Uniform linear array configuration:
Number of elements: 24
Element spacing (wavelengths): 0.25
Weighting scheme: hann
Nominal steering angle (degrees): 45
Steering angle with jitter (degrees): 45.721
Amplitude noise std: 0.05
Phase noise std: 0.05

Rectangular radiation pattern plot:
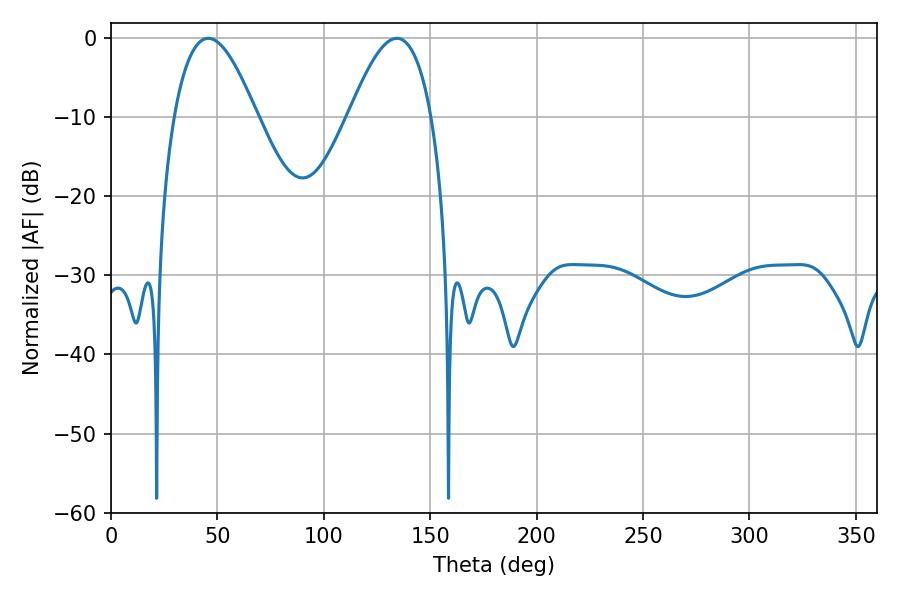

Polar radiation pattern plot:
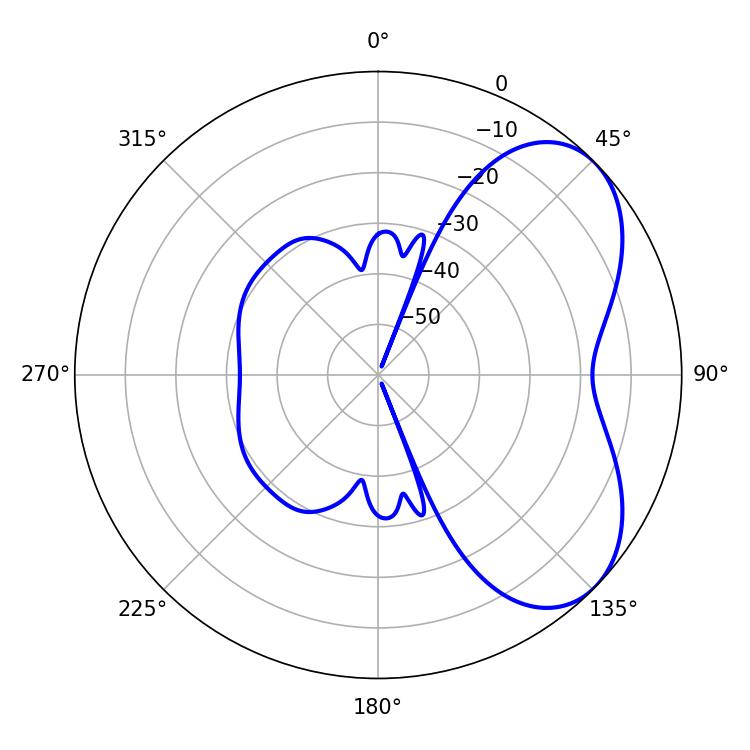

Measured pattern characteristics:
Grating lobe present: FALSE
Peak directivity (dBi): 5.267
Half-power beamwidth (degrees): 21.06
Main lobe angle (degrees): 45.72